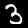
Digit: 3